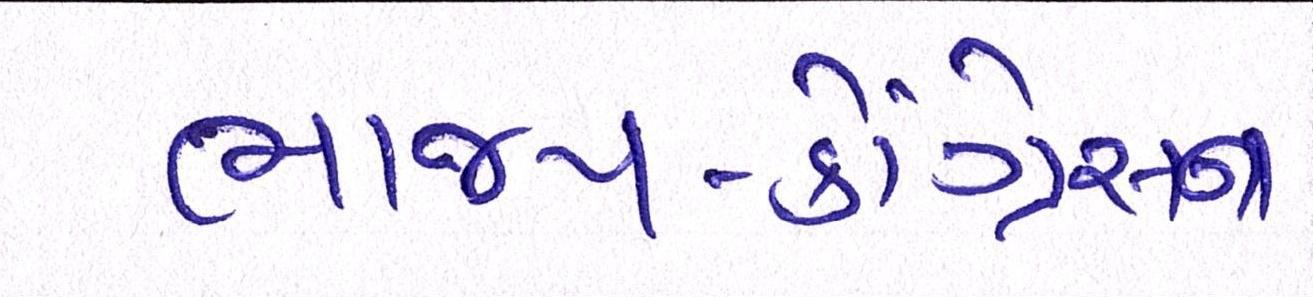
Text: ભાજપ-કોંગ્રેસના